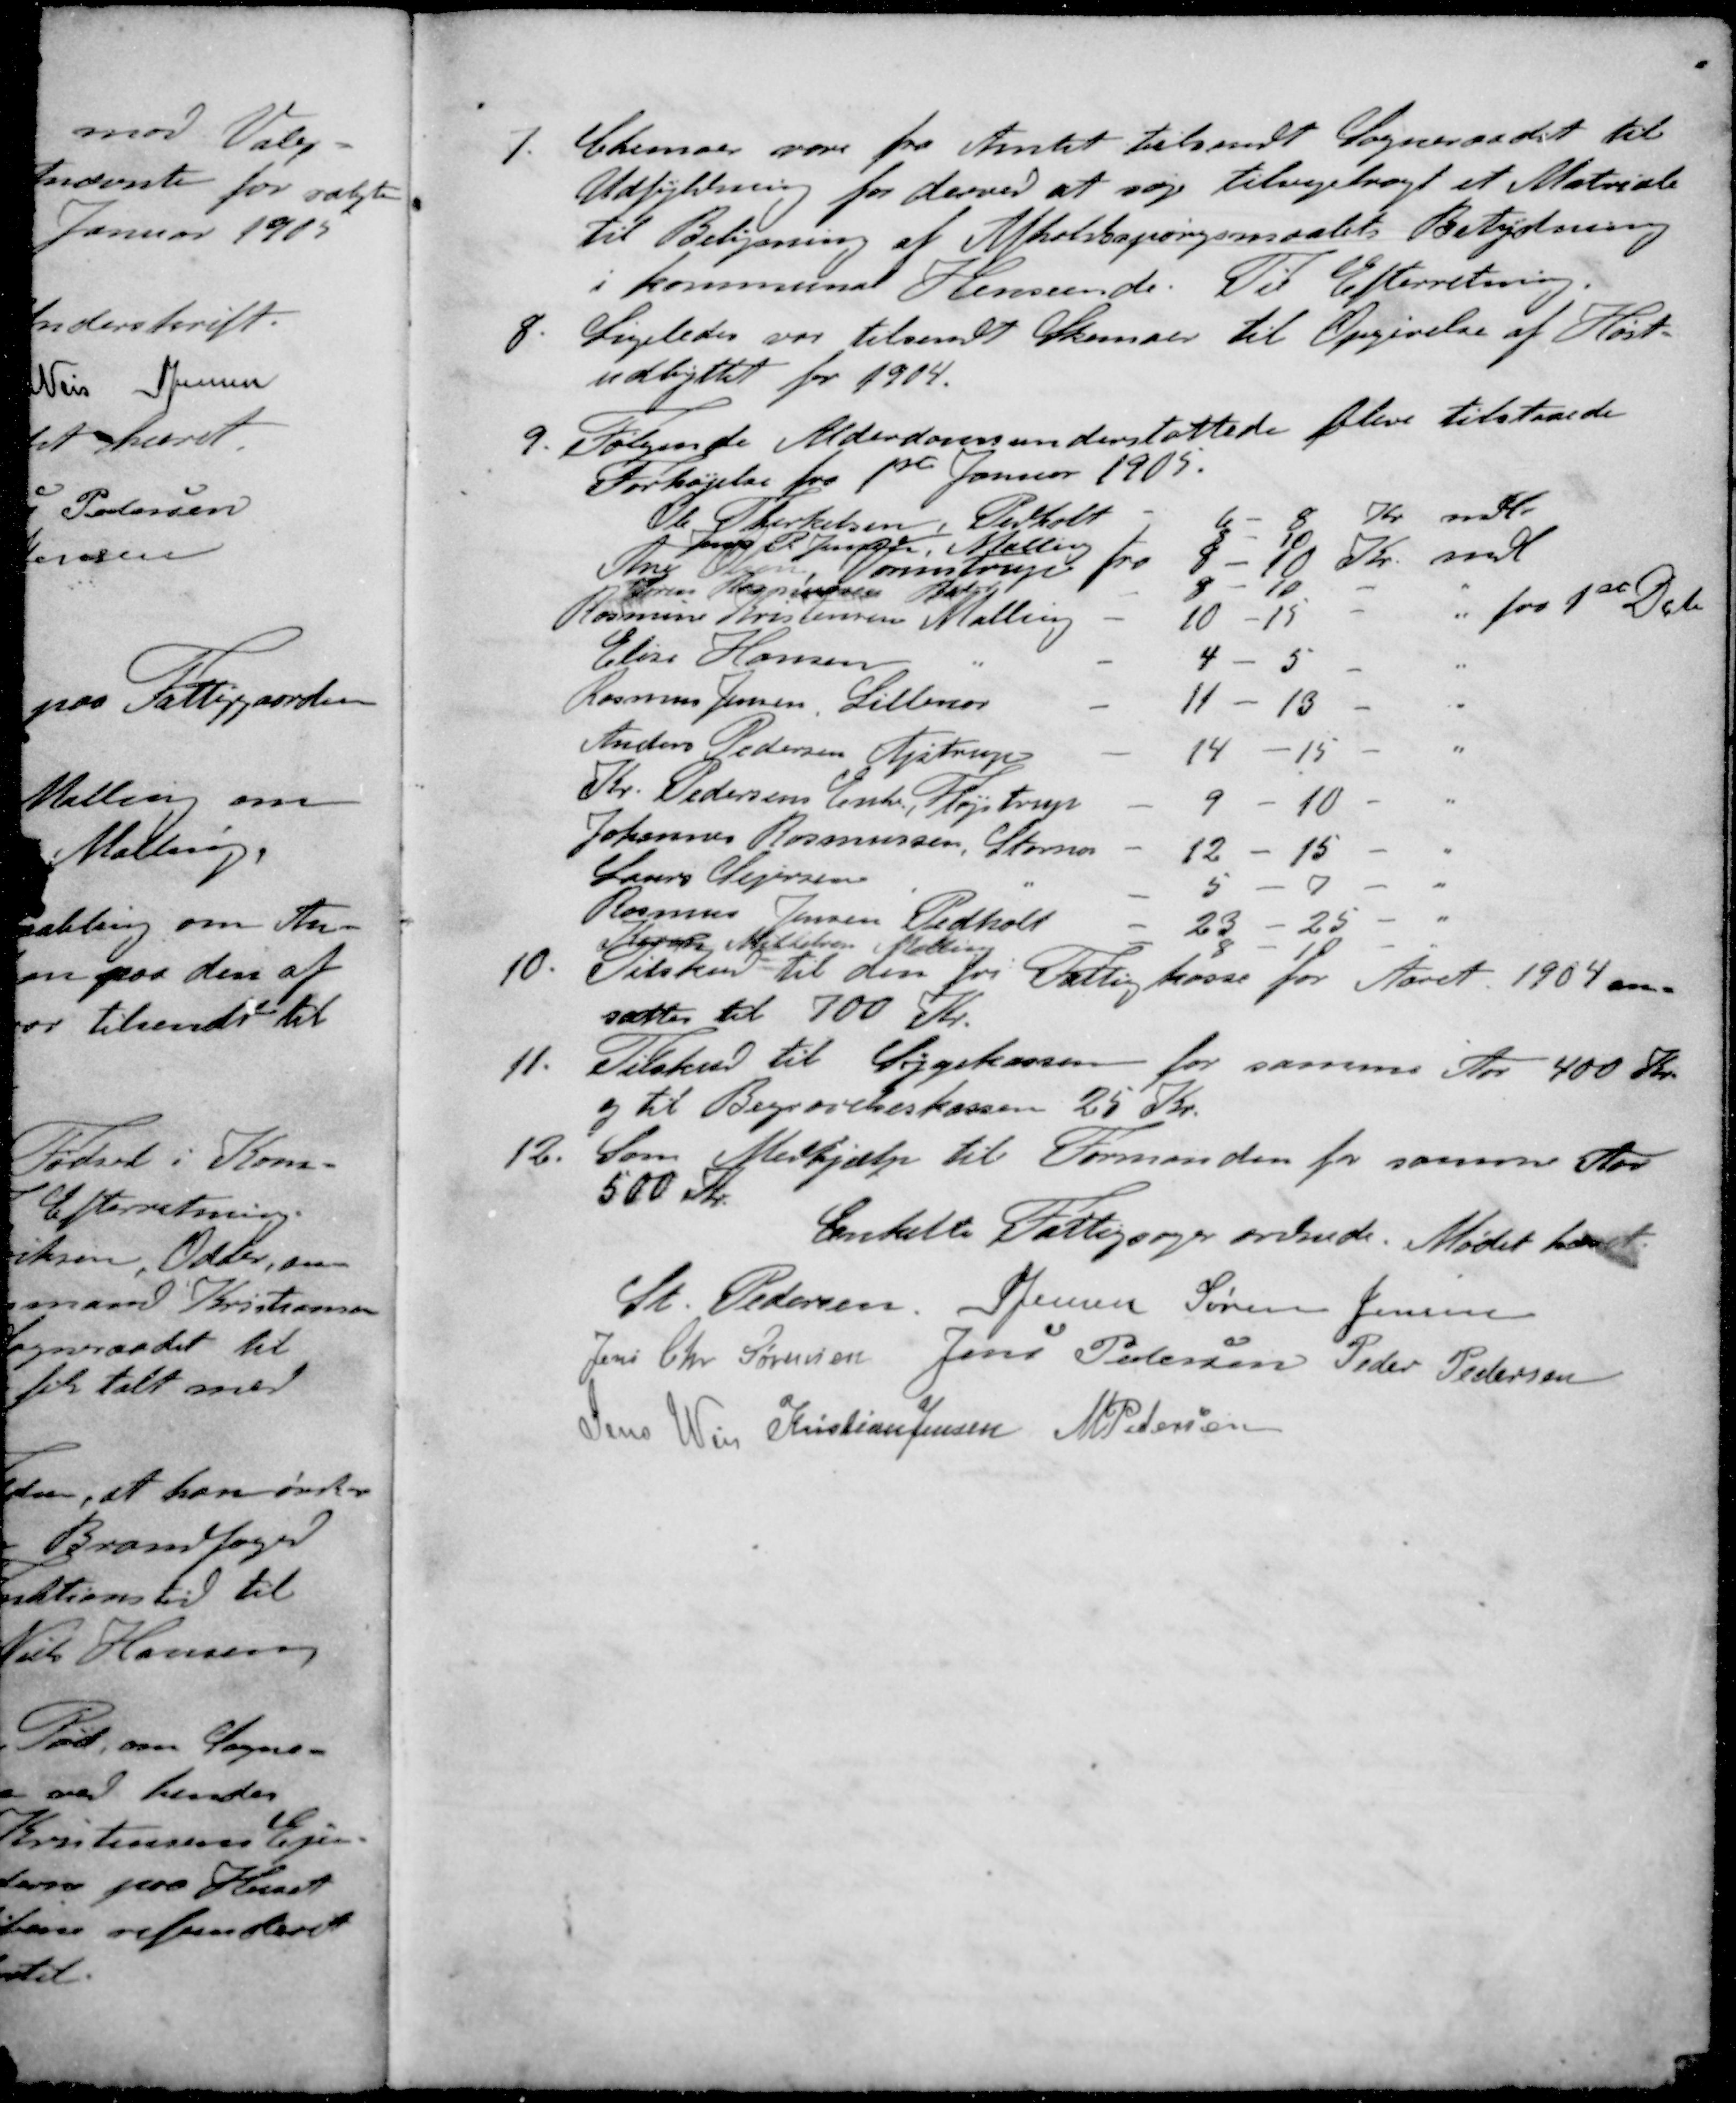
Transskription:
7. Skemaer vare fra Amtet tilsendt Sogneraadet til
Udfyldning for derved at søge tilvejebragt et Matriale
til Belysning af Afholdsspørgsmaalets Betydning
i kommunal Henseende. Til Efterretning.
8. Ligeledes var tilsendt Skemaer til Opgivelse af Høst-
udbyttet for 1904.
9. Følgende Alderdomsunderstøttede blive tilstaaede
Forhøjelse fra 1ste Januar 1905.
Ole Therkelsen, Pedholt 6 - 8 Kr. mdl.
Jens R Jensen Malling 8 -10
Ane Olsen Vormstrup fra 8 - 10 Kr. mdl
Søren Rasmussen Beder - 8 - 10 - "
Rasmine Kristensen Malling - 10 - 15 - " fra 1st Dcb
Elise Hansen - - 4 - 5 - "
Rasmus Jensen Lillenor - 11 - 13 - "
Anders Pedersen Lystrup - 14 15 - "
Kr. Pedersens Enke Fløjstrup - 9 - 10 - "
Johannes Rasmussen, Stornor - 12 - 15 - "
Laurs Sejersen " - 5 - 7 - "
Rasmus Jensen Pedholt - 23 - 25 - "
Karen Mikkelsen, Malling - 8 - 10 - "
10. Tilskud til den fri Fattigkasse for Aaret 1904 an-
kasse for Aaret 1904 an-
sattes til 700 Kr.
11. Tilskud til Sygekassen for samme Aar 400 Kr.
og til Begravelseskassen 25 Kr.
12. Som Medhjælp til Formanden for samme Aar
500 Kr.
Enkelte Fattigsager ordnede. Mødet hævet
St Pedersen
S Jensen
Søren Jensen
Jens Chr Sørensen
Jens Pedersen
Peder Pedersen
Jens Weis
Kristian Jensen
M Pedersen